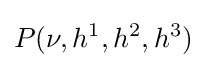
P(\nu ,h^{1},h^{2},h^{3})